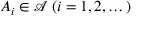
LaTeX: A _ { i } \in { \mathcal { A } } \; ( i = 1 , 2 , \dotsc )